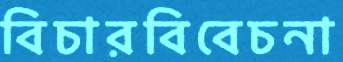
বিচারবিবেচনা